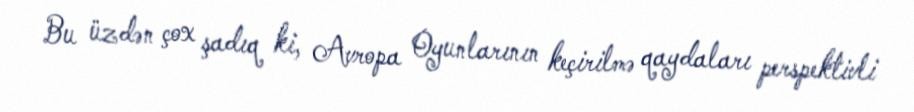
Bu üzdən çox şadıq ki, Avropa Oyunlarının keçirilmə qaydaları perspektivli